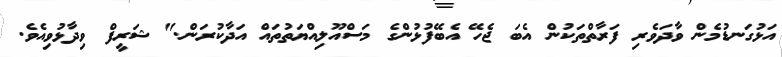
އަޅުގަނޑުމެން ވާދަވެރި ފަރާތްތަކުން އެބަ ޖެހޭ އެބޭފުޅުންގެ މަސްއޫލިއްޔަތުތައް އަދާކުރަން." ޝަރީފް ވިދާޅުވިއެވެ.